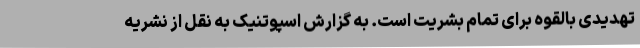
تهدیدی بالقوه برای تمام بشریت است. به گزارش اسپوتنیک به نقل از نشریه